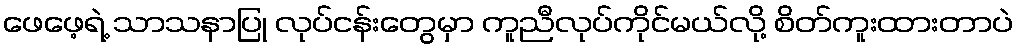
ဖေဖေ့ရဲ့ သာသနာပြု လုပ်ငန်းတွေမှာ ကူညီလုပ်ကိုင်မယ်လို့ စိတ်ကူးထားတာပဲ